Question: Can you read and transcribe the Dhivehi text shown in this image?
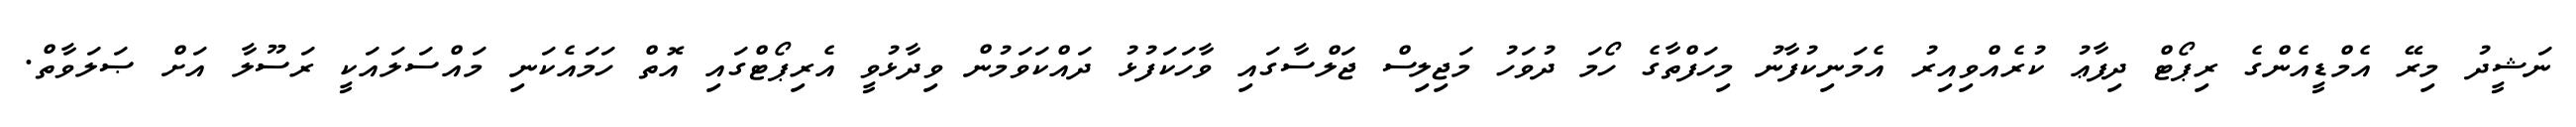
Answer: ނަޝީދު މިރޭ އެމްޑީއެންގެ ރިޕޯޓް ދިފާޢު ކުރެއްވިއިރު އެމަނިކުފާނު މިހަފްތާގެ ހޯމަ ދުވަހު މަޖިލިސް ޖަލްސާގައި ވާހަކަފުޅު ދައްކަވަމުން ވިދާޅުވީ އެރިޕޯޓްގައި އޮތް ހަމައެކަނި މައްސަލައަކީ ރަސޫލާ އަށް ޞަލަވާތް.